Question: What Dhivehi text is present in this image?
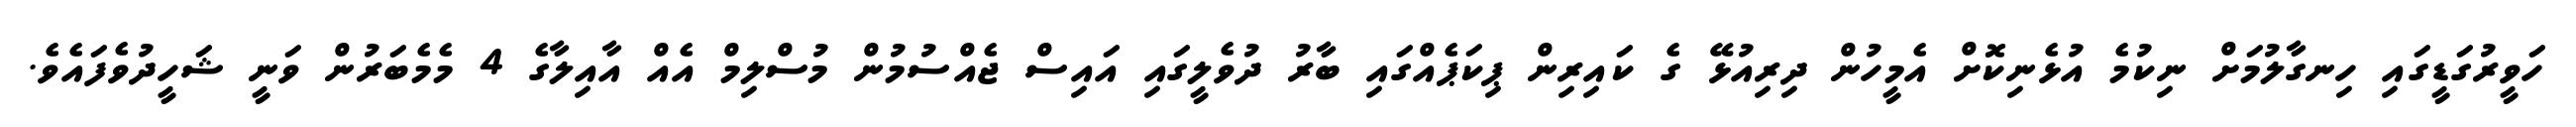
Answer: ހަވީރުގަޑީގައި ހިނގާލުމަށް ނިކުމެ އުޅެނިކޮށް އެމީހުން ދިރިއުޅޭ ގެ ކައިރިން ޕިކަޕެއްގައި ބާރު ދުވެލީގައި އައިސް ޖެއްސުމުން މުސްލިމް އެއް އާއިލާގެ 4 މެމެބަރުން ވަނީ ޝަހީދުވެފައެވެ.